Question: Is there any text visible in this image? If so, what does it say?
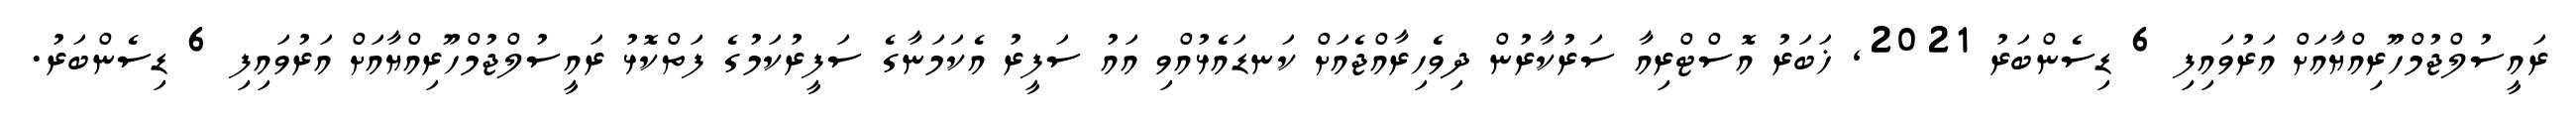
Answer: ރައީސުލްޖުމްހޫރިއްޔާއަށް އަރުވައިފި 6 ޑިސެންބަރު 2021, ޚަބަރު އޮސްޓްރިއާ ސަރުކާރުން ދިވެހިރާއްޖެއަށް ކަނޑައެޅުއްވި އައު ސަފީރު އެކަމަނާގެ ސަފީރުކަމުގެ ފަތްކޮޅު ރައީސުލްޖުމްހޫރިއްޔާއަށް އަރުވައިފި 6 ޑިސެންބަރު.